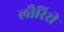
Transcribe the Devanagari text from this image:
लौरिरी